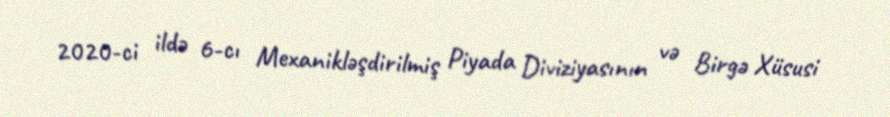
2020-ci ildə 6-cı Mexanikləşdirilmiş Piyada Diviziyasının və Birgə Xüsusi